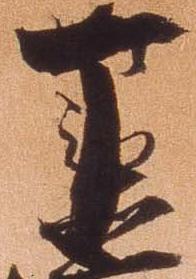
丁